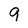
Character: 9